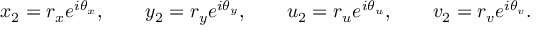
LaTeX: x _ { 2 } = r _ { x } e ^ { i \theta _ { x } } , \qquad y _ { 2 } = r _ { y } e ^ { i \theta _ { y } } , \qquad u _ { 2 } = r _ { u } e ^ { i \theta _ { u } } , \qquad v _ { 2 } = r _ { v } e ^ { i \theta _ { v } } .